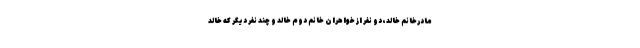
مادرخانم خالد، دو نفر از خواهران خانم دوم خالد و چند نفر دیگر که خالد